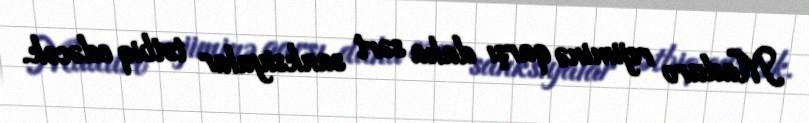
Maduro rejiminə qarşı daha sərt sanksiyalar tətbiq edəcək.